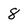
Character: 8